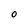
Character: O